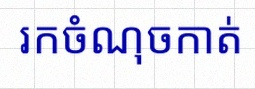
រកចំណុចកាត់